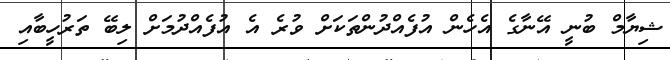
ޝިޔާމް ބުނީ އޭނާގެ އެހެން އުފެއްދުންތަކަށް ވުރެ އެ އުފެއްދުމަށް ލިބޭ ތަރުހީބާއި